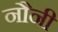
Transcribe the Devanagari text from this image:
नौनी